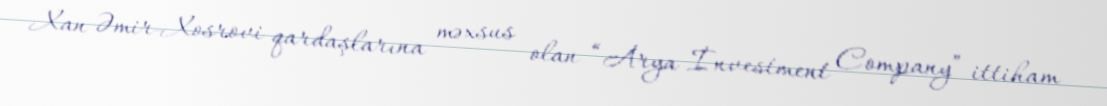
Xan Əmir-Xosrovi qardaşlarına məxsus olan “Arya İnvestment Company” ittiham